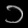
Digit: ၁